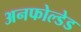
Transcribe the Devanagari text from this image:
अनफोल्डेड